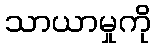
သာယာမှုကို